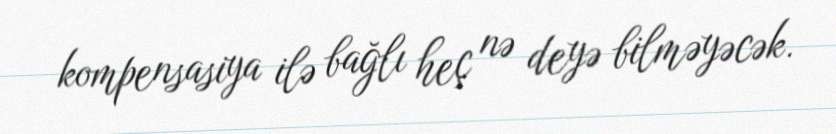
kompensasiya ilə bağlı heç nə deyə bilməyəcək.